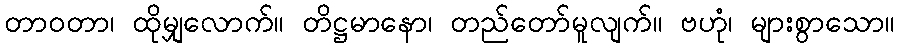
တာဝတာ၊ ထိုမျှလောက်။ တိဋ္ဌမာနော၊ တည်တော်မူလျက်။ ဗဟုံ၊ များစွာသော။